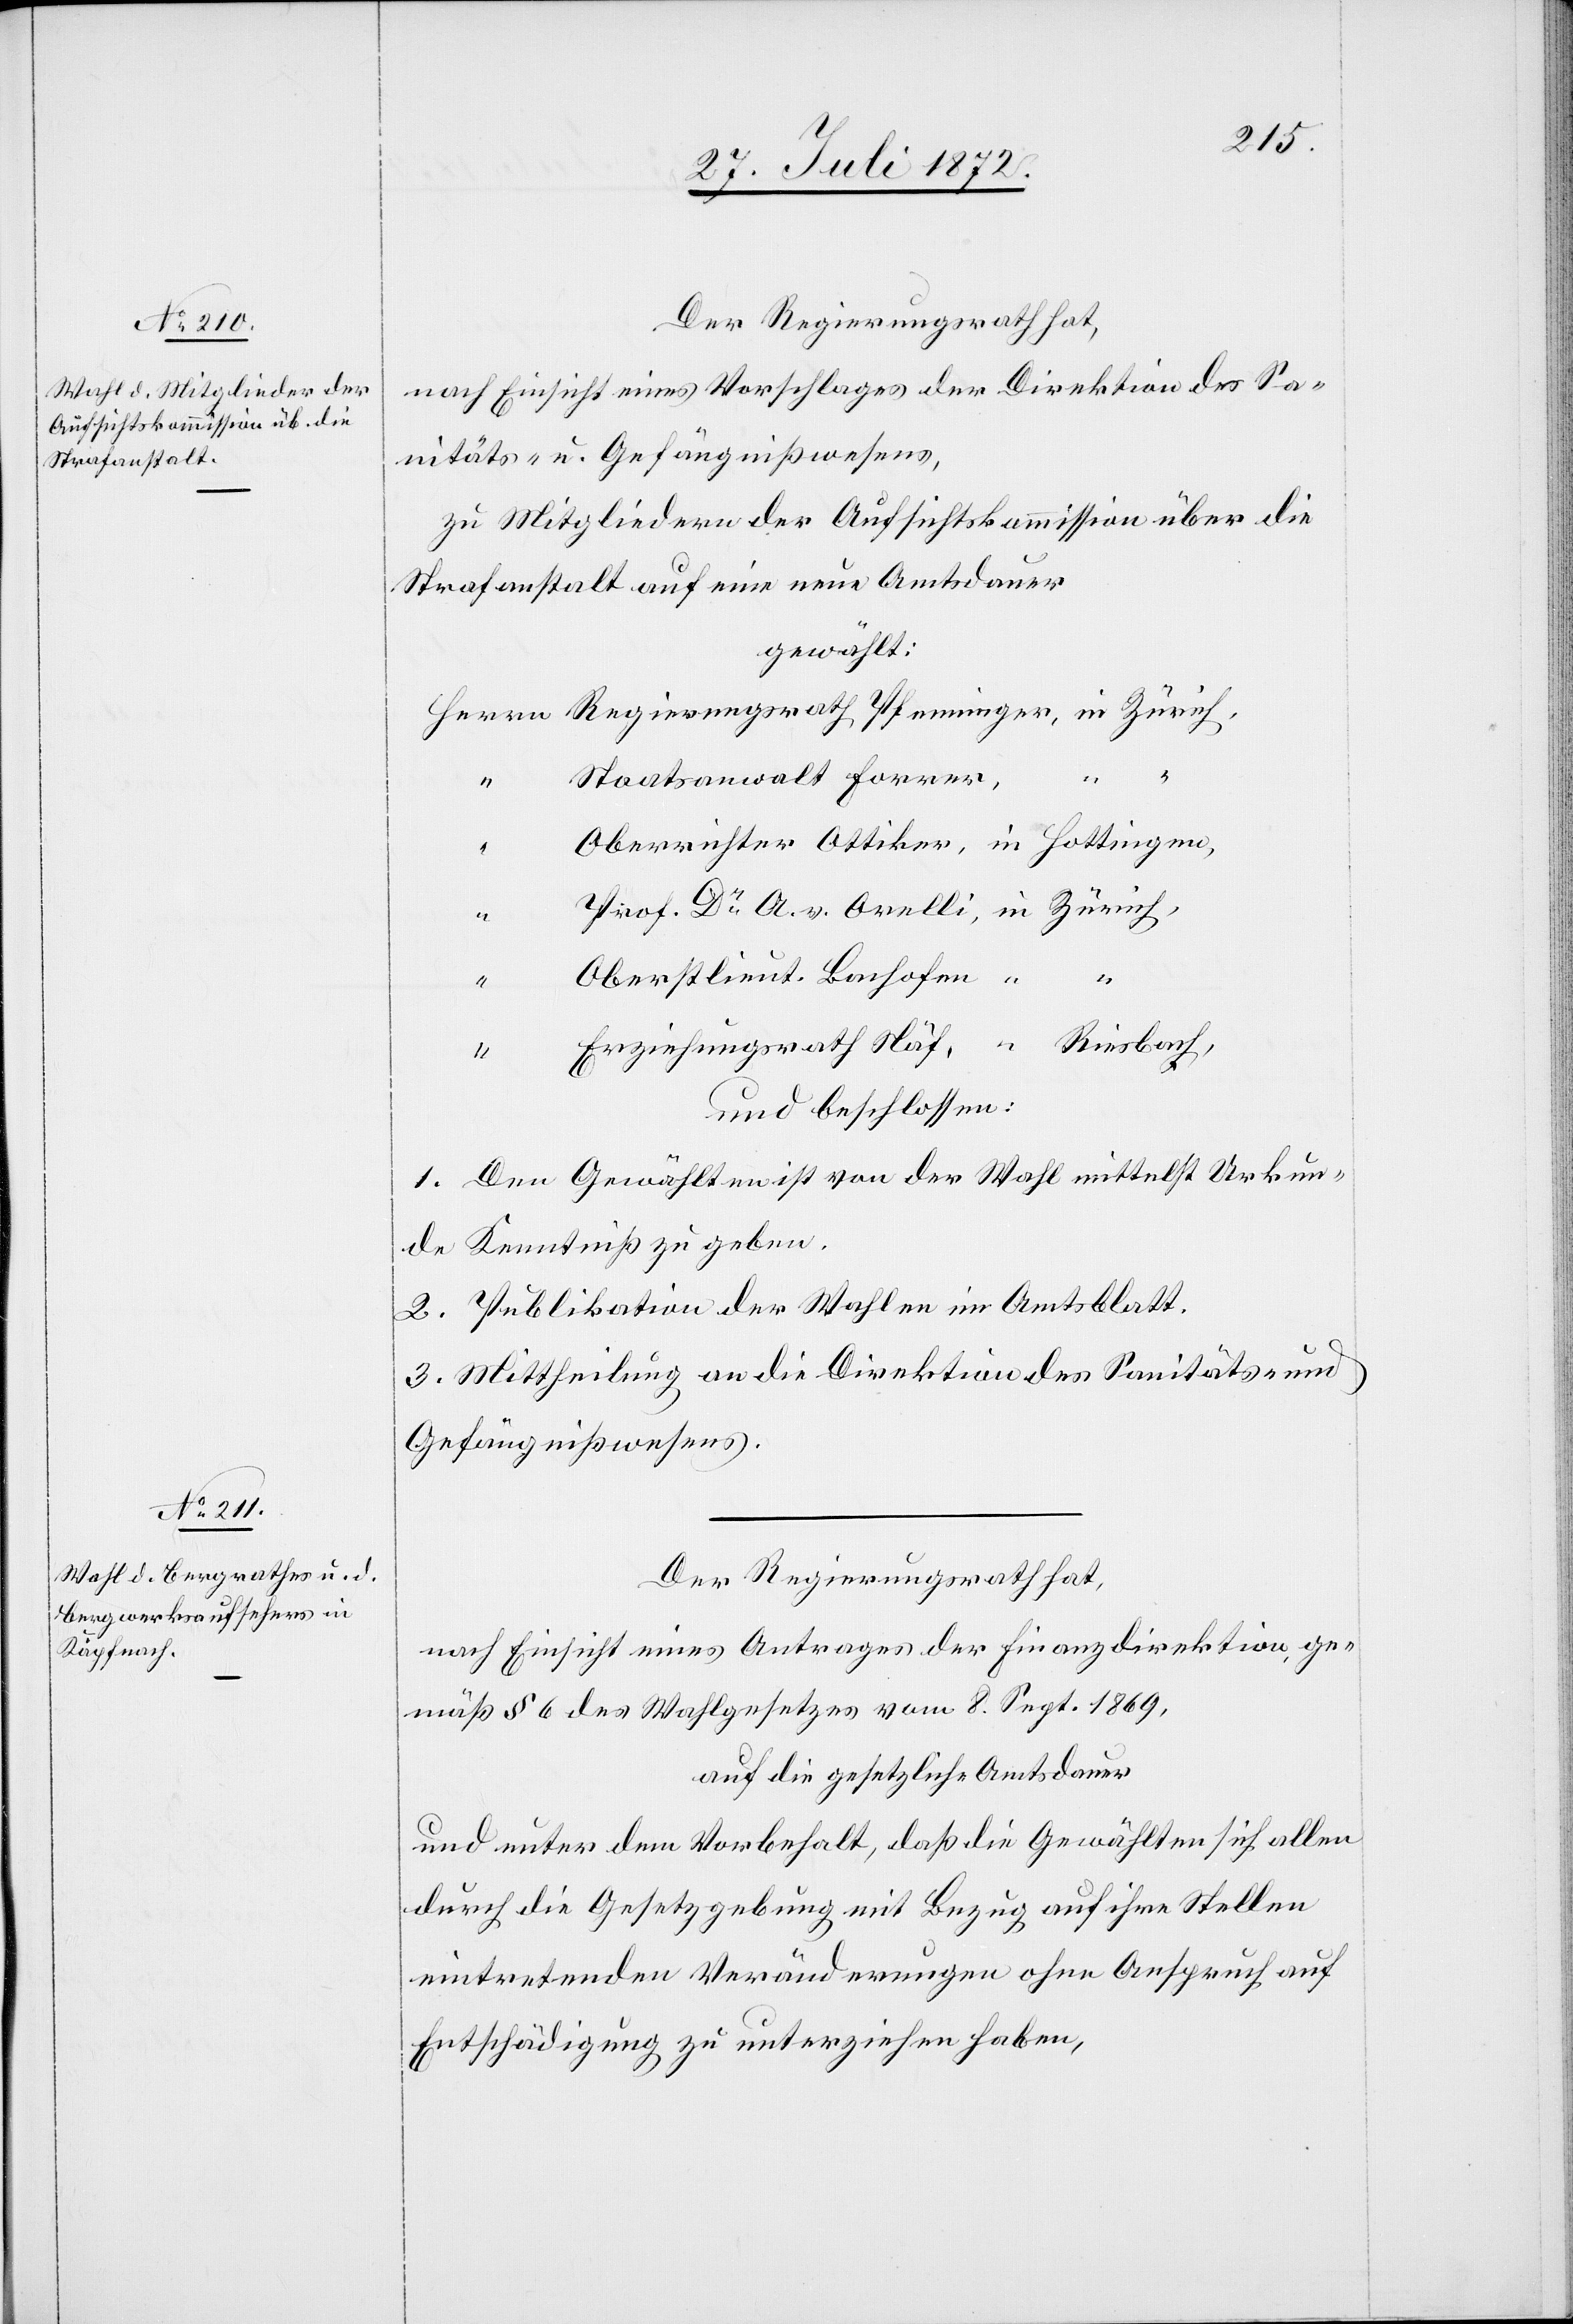
Der Regierungsrath hat,
nach Einsicht eines Vorschlages der Direktion des Sa¬
nitäts- u. Gefängnißwesens,
zu Mitgliedern der Aufsichtskommission über die
Strafanstalt auf eine neue Amtsdauer
gewählt:
Staatsanwalt Forrer,
v.
Oberstlieut. Bachofen
“
“
und beschlossen:
1. Den Gewählten ist von der Wahl mittelst Urkun¬
de Kenntniß zu geben.
2. Publikation der Wahlen im Amtsblatt.
3. Mittheilung an die Direktion des Sanitäts- und
Gefängnißwesens.
Der Regierungsrath hat,
nach Einsicht eines Antrages der Finanzdirektion, ge¬
mäß § 6 des Wahlgesetzes vom 8. Sept. 1869,
auf die gesetzliche Amtsdauer
und unter dem Vorbehalt, daß die Gewählten sich allen
durch die Gesetzgebung mit Bezug auf ihre Stellen
eintretenden Veränderungen ohne Anspruch auf
Entschädigung zu unterziehen haben,